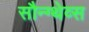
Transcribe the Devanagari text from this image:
सौन्ग्थेव्स